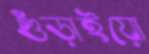
গুঁড়াইয়ো